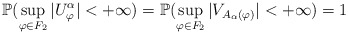
\begin{align*}\mathbb{P}(\sup_{\varphi\in F_2}|U_{\varphi}^{\alpha}| < + \infty) = \mathbb{P}(\sup_{\varphi\in F_2}|V_{A_{\alpha}(\varphi)}| < + \infty) = 1\end{align*}